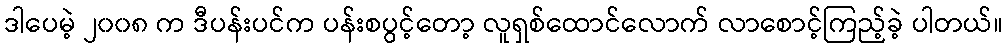
ဒါပေမဲ့ ၂၀၀၈ က ဒီပန်းပင်က ပန်းစပွင့်တော့ လူရှစ်ထောင်လောက် လာစောင့်ကြည့်ခဲ့ ပါတယ်။